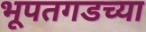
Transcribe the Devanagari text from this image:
भूपतगडच्या